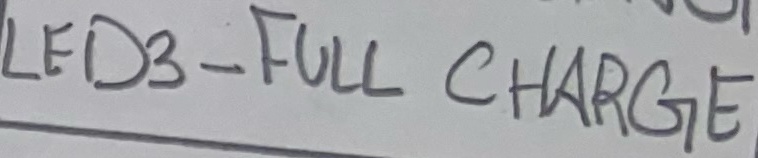
Text: LED3 - FULL CHARGE